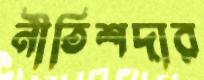
নীতিশদার